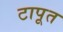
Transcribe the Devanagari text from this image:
टापूत